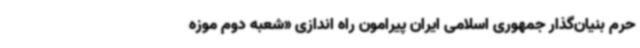
حرم بنیان‌گذار جمهوری اسلامی ایران پیرامون راه اندازی «شعبه دوم موزه